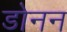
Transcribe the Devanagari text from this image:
डोनन